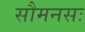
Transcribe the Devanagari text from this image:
सौमनसः